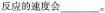
反应的速度会___。